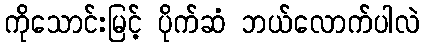
ကိုသောင်းမြင့် ပိုက်ဆံ ဘယ်လောက်ပါလဲ